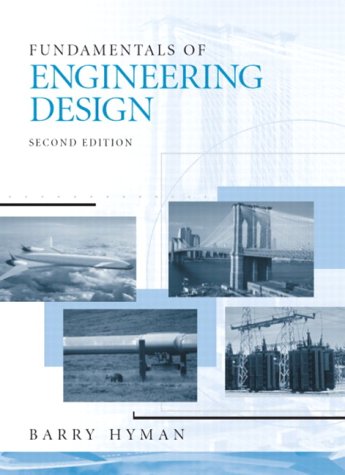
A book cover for Fundamentals of Engineering Design (2nd Edition); Barry Hyman; Engineering & Transportation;